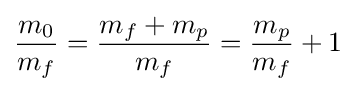
{\frac {m_{0}}{m_{f}}}={\frac {m_{f}+m_{p}}{m_{f}}}={\frac {m_{p}}{m_{f}}}+1